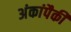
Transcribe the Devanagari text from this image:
अंकांपैकी